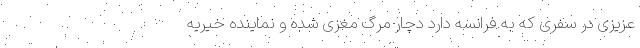
عزیزی در سفری که به فرانسه دارد دچار مرگ مغزی شده و نماینده خیریه